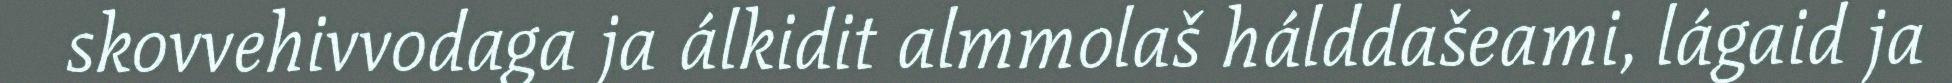
skovvehivvodaga ja álkidit almmolaš hálddašeami, lágaid ja